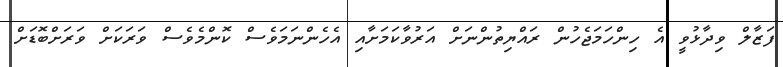
ފަޒާލް ވިދާޅުވީ އެ ހިންހަމަޖެހުން ރައްޔިތުންނަށް އަރުވާކަމަށާއި އެހެންނަމަވެސް ކޮންމެވެސް ވަރަކަށް ވަރަށްބޮޑަށް